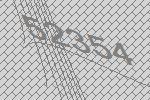
52354